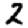
Digit: 2